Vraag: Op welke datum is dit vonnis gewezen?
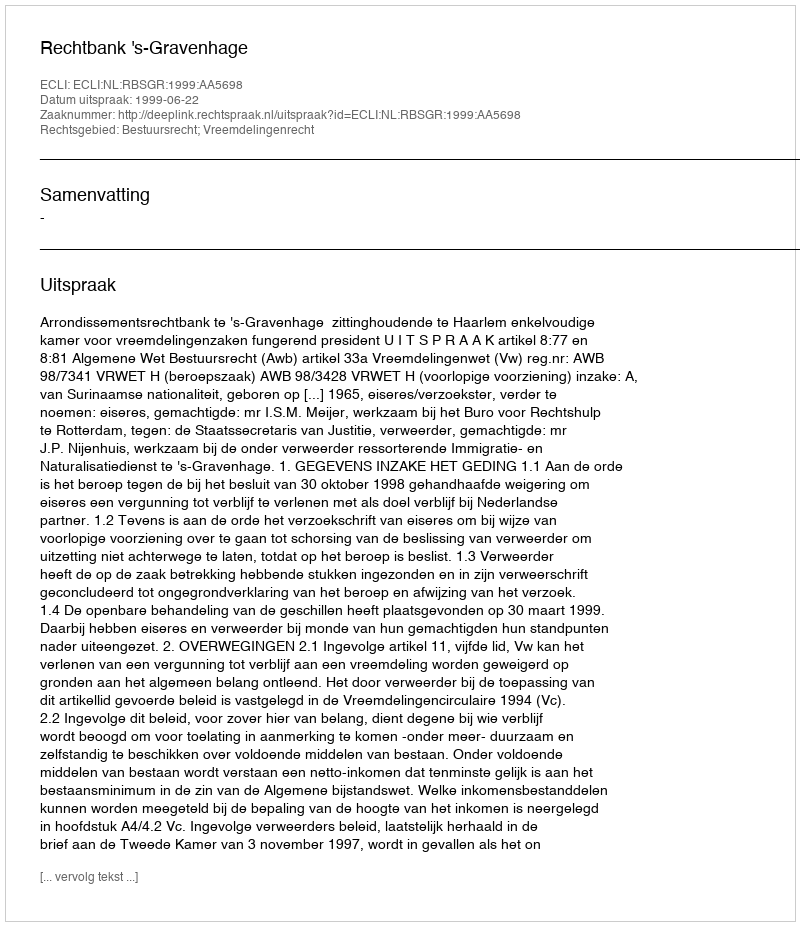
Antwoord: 1999-06-22